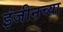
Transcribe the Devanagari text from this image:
इंजीनच्या